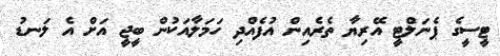
ޓީސީގެ ޕެނަލްޓީ އޭރިޔާ ތެރެއިން އުފެއްދި ހަމަލާއަކުން ބީޖީ އަށް އެ ލަނޑު